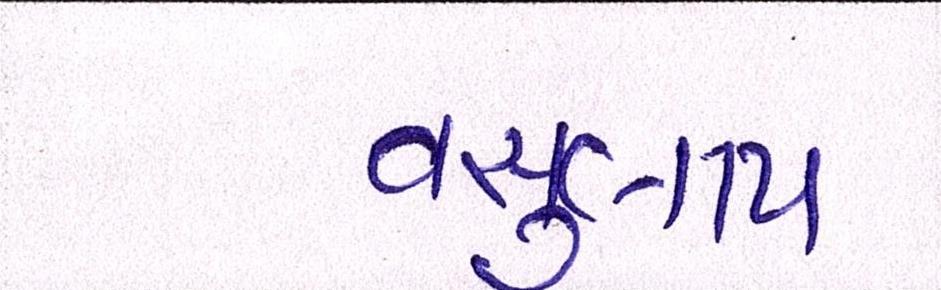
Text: વસુલાય